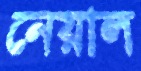
নেয়াল